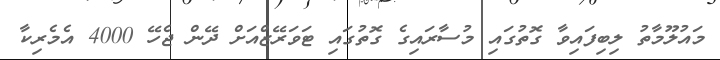
މައުލޫމާތު ލިބިފައިވާ ގޮތުގައި މުސާރައިގެ ގޮތުގައި ޓަވަރޭޒްއަށް ދޭން ޖެހޭ 4000 އެމެރިކާ